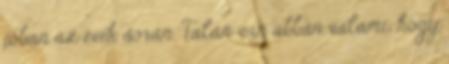
jóban az évek során. Talán van abban valami, hogy